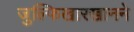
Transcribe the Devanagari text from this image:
जुल्फिखारखानने